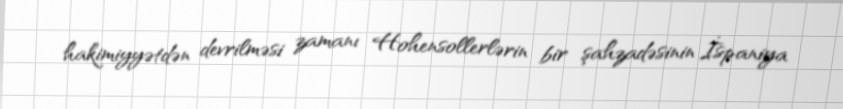
hakimiyyətdən devrilməsi zamanı Hohensollerlərin bir şahzadəsinin İspaniya